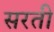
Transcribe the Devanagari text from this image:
सरती